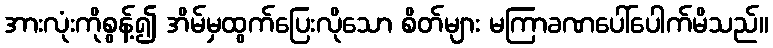
အားလုံးကိုစွန့်၍ အိမ်မှထွက်ပြေးလိုသော စိတ်များ မကြာခဏပေါ်ပေါက်မိသည်။